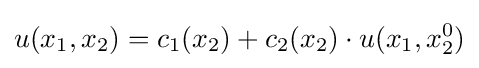
u(x_{1},x_{2})=c_{1}(x_{2})+c_{2}(x_{2})\cdot u(x_{1},x_{2}^{0})